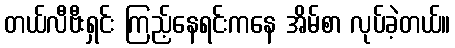
တယ်လီဗီးရှင်း ကြည့်နေရင်းကနေ အိမ်စာ လုပ်ခဲ့တယ်။